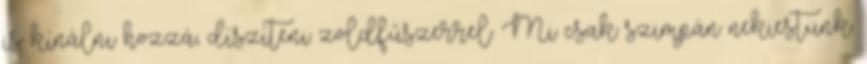
is kínálni hozzá, díszíteni zöldfűszerrel. Mi csak szimpán nekiestünk.